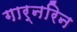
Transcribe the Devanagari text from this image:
गार्नरिन